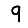
Digit: 9